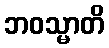
ဘဝသ္မာတိ